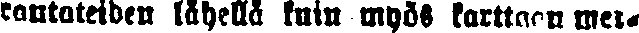
rautateiden lähellä kuin myös karttaan mer-